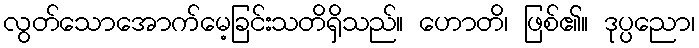
လွတ်သောအောက်မေ့ခြင်းသတိရှိသည်။ ဟောတိ၊ ဖြစ်၏။ ဒုပ္ပညော၊